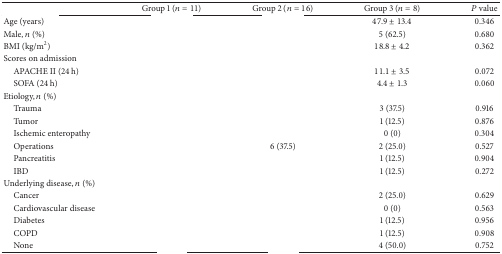
<table><thead><tr><td>[EMPTY_CELL]</td><td><b>Group 1 (<i>n</i> = 11)</b></td><td><b>Group 2 (<i>n</i> = 16)</b></td><td><b>Group 3 (<i>n</i> = 8)</b></td><td><b><i>P</i> value</b></td></tr></thead><tbody><tr><td>Age (years)</td><td>[EMPTY_CELL]</td><td>[EMPTY_CELL]</td><td>47.9 ± 13.4</td><td>0.346</td></tr><tr><td>Male, <i>n</i> (%)</td><td>[EMPTY_CELL]</td><td>[EMPTY_CELL]</td><td>5 (62.5)</td><td>0.680</td></tr><tr><td>BMI (kg/m<sup>2</sup>)</td><td>[EMPTY_CELL]</td><td>[EMPTY_CELL]</td><td>18.8 ± 4.2</td><td>0.362</td></tr><tr><td>Scores on admission</td><td>[EMPTY_CELL]</td><td>[EMPTY_CELL]</td><td>[EMPTY_CELL]</td><td>[EMPTY_CELL]</td></tr><tr><td> APACHE II (24 h)</td><td>[EMPTY_CELL]</td><td>[EMPTY_CELL]</td><td>11.1 ± 3.5</td><td>0.072</td></tr><tr><td> SOFA (24 h)</td><td>[EMPTY_CELL]</td><td>[EMPTY_CELL]</td><td>4.4 ± 1.3</td><td>0.060</td></tr><tr><td>Etiology, <i>n</i> (%)</td><td>[EMPTY_CELL]</td><td>[EMPTY_CELL]</td><td>[EMPTY_CELL]</td><td>[EMPTY_CELL]</td></tr><tr><td> Trauma</td><td>[EMPTY_CELL]</td><td>[EMPTY_CELL]</td><td>3 (37.5)</td><td>0.916</td></tr><tr><td> Tumor</td><td>[EMPTY_CELL]</td><td>[EMPTY_CELL]</td><td>1 (12.5)</td><td>0.876</td></tr><tr><td> Ischemic enteropathy</td><td>[EMPTY_CELL]</td><td>[EMPTY_CELL]</td><td>0 (0)</td><td>0.304</td></tr><tr><td> Operations</td><td>[EMPTY_CELL]</td><td>6 (37.5)</td><td>2 (25.0)</td><td>0.527</td></tr><tr><td> Pancreatitis</td><td>[EMPTY_CELL]</td><td>[EMPTY_CELL]</td><td>1 (12.5)</td><td>0.904 </td></tr><tr><td> IBD</td><td>[EMPTY_CELL]</td><td>[EMPTY_CELL]</td><td>1 (12.5)</td><td>0.272</td></tr><tr><td>Underlying disease, <i>n</i> (%)</td><td>[EMPTY_CELL]</td><td>[EMPTY_CELL]</td><td>[EMPTY_CELL]</td><td>[EMPTY_CELL]</td></tr><tr><td> Cancer</td><td>[EMPTY_CELL]</td><td>[EMPTY_CELL]</td><td>2 (25.0)</td><td>0.629</td></tr><tr><td> Cardiovascular disease</td><td>[EMPTY_CELL]</td><td>[EMPTY_CELL]</td><td>0 (0)</td><td>0.563</td></tr><tr><td> Diabetes</td><td>[EMPTY_CELL]</td><td>[EMPTY_CELL]</td><td>1 (12.5)</td><td>0.956</td></tr><tr><td> COPD</td><td>[EMPTY_CELL]</td><td>[EMPTY_CELL]</td><td>1 (12.5)</td><td>0.908</td></tr><tr><td> None</td><td>[EMPTY_CELL]</td><td>[EMPTY_CELL]</td><td>4 (50.0)</td><td>0.752</td></tr></tbody></table>